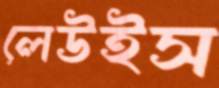
লেউইস